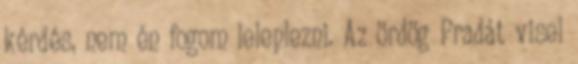
kérdés, nem én fogom leleplezni. Az ördög Pradát visel